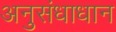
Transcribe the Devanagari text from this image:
अनुसंधाधान